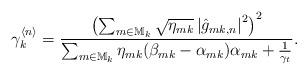
LaTeX: \begin{align*} \gamma_{k}^{\langle n\rangle}= \frac{ \left(\sum_{m\in \mathbb{M}_k} \sqrt{\eta_{mk}} \left|\hat{g}_{mk,n}\right|^2 \right)^2} { \sum_{m\in \mathbb{M}_k} \eta_{mk} (\beta_{mk}-\alpha_{mk}) \alpha_{mk}+\frac{1}{\gamma_t} }.\end{align*}